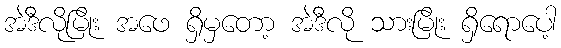
အဲဒီလိုမြိုး အဖေ ရှိမှတော့ အဲဒီလို သားမြိုး ရှိရောပေါ့